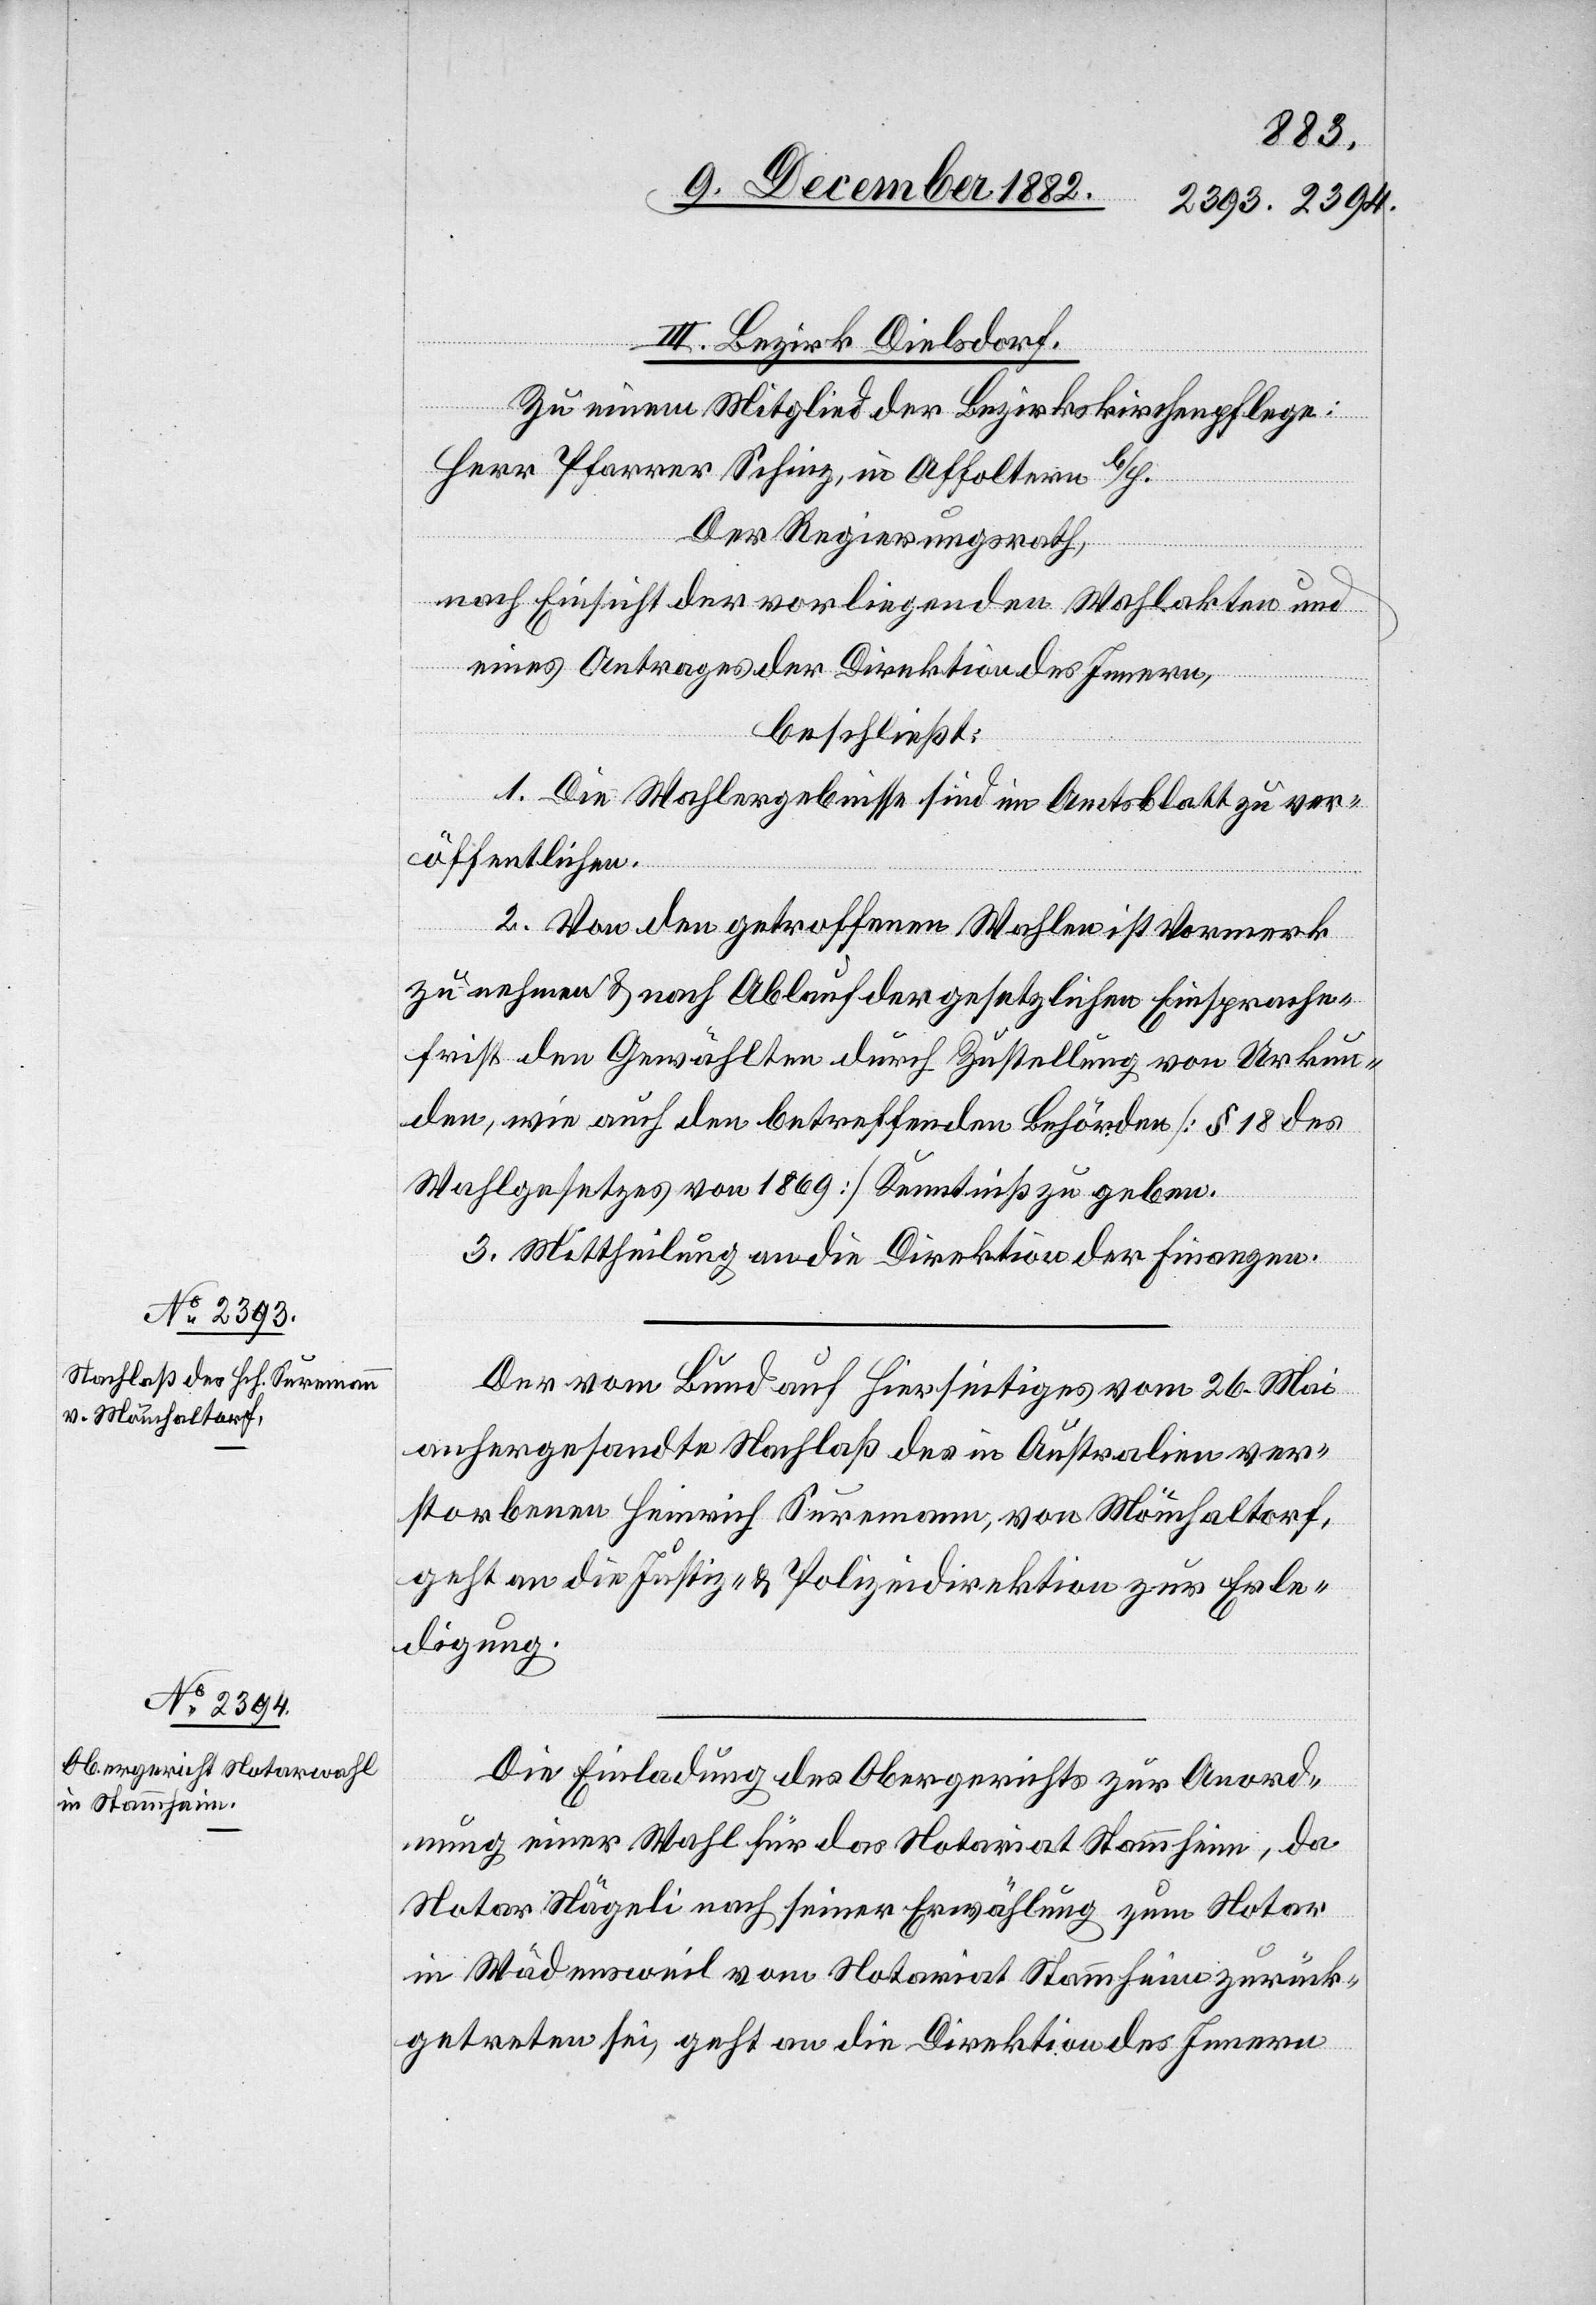
14. December 1882.]
III. Bezirk Dielsdorf.
Zu einem Mitglied der Bezirksschulpflege:
Herr Pfarrer Schinz, in Affoltern b/H.
Der Regierungsrath,
nach Einsicht der vorliegenden Wahlakten und
eines Antrages der Direktion des Innern,
beschließt:
1. Die Wahlergebnisse sind im Amtsblatt zu ver¬
öffentlichen.
2. Von den getroffenen Wahlen ist Vormerk
zu nehmen & nach Ablauf der gesetzlichen Einsprache¬
frist den Gewählten durch Zustellung von Urkun¬
den, wie auch den betreffenden Behörden [§ 18 des
Wahlgesetztes von 1869] Kenntniß zu geben.
3. Mittheilung an die Direktion der Finanzen.
Der vom Bund auf Hierseitiges vom 26. Mai
anhergesandte Nachlaß des in Australien ver¬
storbenen Heinrich Suremann, von Mönchaltorf,
geht an die Justiz- & Polizeidirektion zur Erle¬
digung.
Die Einladung des Obergerichts zur Anord¬
nung einer Wahl für das Notariat Stammheim, da
Notar Nägeli nach seiner Erwählung zum Notar
in Wädensweil vom Notariat Stammheim zurück¬
getreten sei, geht an die Direktion des Innern